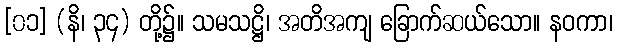
[၀၁] (နိ၊ ၃၄) တို့၌။ သမသဋ္ဌိ၊ အတိအကျ ခြောက်ဆယ်သော။ နဝကာ၊